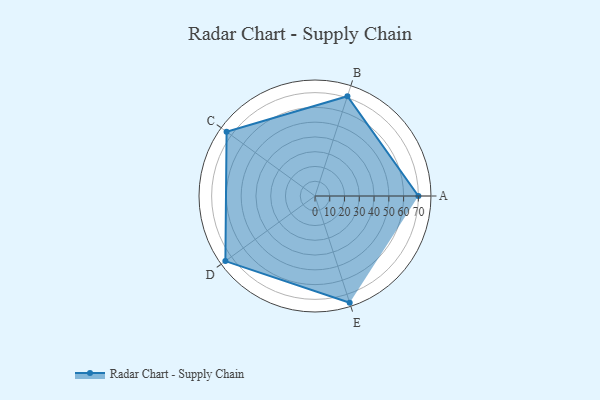
{"axis": {"x": "Skill", "y": "Score"}, "legend": ["Profile"], "data": [{"x": "A", "y": 70.0, "type": "Profile"}, {"x": "B", "y": 71.0, "type": "Profile"}, {"x": "C", "y": 74.0, "type": "Profile"}, {"x": "D", "y": 75.0, "type": "Profile"}, {"x": "E", "y": 76.0, "type": "Profile"}]}